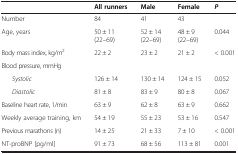
<table><thead><tr><td><b> </b></td><td><b>All runners</b></td><td><b>Male</b></td><td><b>Female</b></td><td><b><i>P</i></b></td></tr></thead><tbody><tr><td>Number</td><td>84</td><td>41</td><td>43</td><td> </td></tr><tr><td>Age, years</td><td>50 ± 11 (22–69)</td><td>52 ± 14 (22–69)</td><td>48 ± 9 (22–69)</td><td>0.044</td></tr><tr><td>Body mass index, kg/m<sup>2</sup></td><td>22 ± 2</td><td>23 ± 2</td><td>21 ± 2</td><td>&lt; 0.001</td></tr><tr><td>Blood pressure, mmHg</td><td> </td><td> </td><td> </td><td> </td></tr><tr><td><i>Systolic</i></td><td>126 ± 14</td><td>130 ± 14</td><td>124 ± 15</td><td>0.052</td></tr><tr><td><i>Diastolic</i></td><td>81 ± 8</td><td>83 ± 9</td><td>80 ± 8</td><td>0.067</td></tr><tr><td>Baseline heart rate, 1/min</td><td>63 ± 9</td><td>62 ± 8</td><td>63 ± 9</td><td>0.662</td></tr><tr><td>Weekly average training, km</td><td>54 ± 19</td><td>55 ± 23</td><td>53 ± 16</td><td>0.547</td></tr><tr><td>Previous marathons (n)</td><td>14 ± 25</td><td>21 ± 33</td><td>7 ± 10</td><td>&lt; 0.001</td></tr><tr><td>NT-proBNP [pg/ml]</td><td>91 ± 73</td><td>68 ± 56</td><td>113 ± 81</td><td>0.001</td></tr></tbody></table>